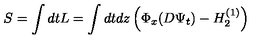
S = \int d t L = \int d t d z \left( \Phi _ { x } ( D \Psi _ { t } ) - H _ { 2 } ^ { ( 1 ) } \right)